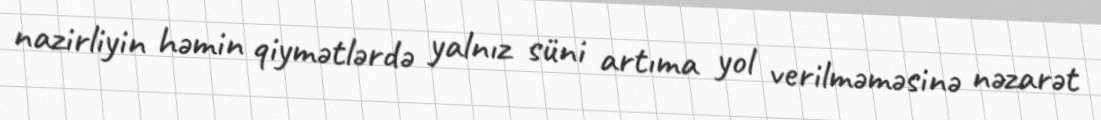
nazirliyin həmin qiymətlərdə yalnız süni artıma yol verilməməsinə nəzarət